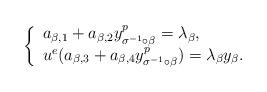
LaTeX: \begin{align*}\left\{\begin{array}{l}a_{\beta,1}+a_{\beta,2} y^p_{\sigma^{-1}\circ \beta} = \lambda_\beta,\\u^e(a_{\beta,3}+a_{\beta,4} y^p_{\sigma^{-1}\circ \beta}) = \lambda_\beta y_\beta.\end{array}\right.\end{align*}